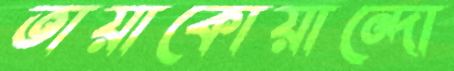
তায়াকোয়ান্দো